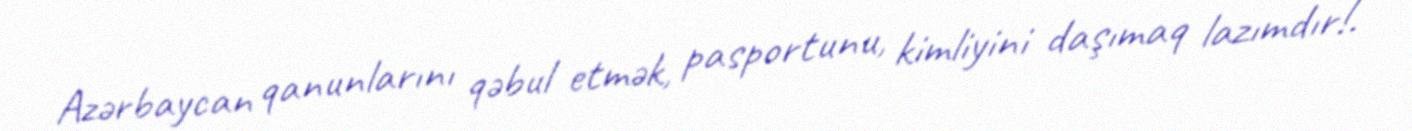
Azərbaycan qanunlarını qəbul etmək, pasportunu, kimliyini daşımaq lazımdır!.